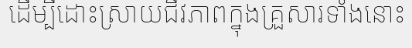
ដើម្បីដោះស្រាយជីវភាពក្នុងគ្រួសារទាំងនោះ